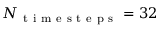
N _ { \mathrm { ~ t ~ i ~ m ~ e ~ s ~ t ~ e ~ p ~ s ~ } } = 3 2